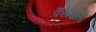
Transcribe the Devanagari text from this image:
कोंबडीला